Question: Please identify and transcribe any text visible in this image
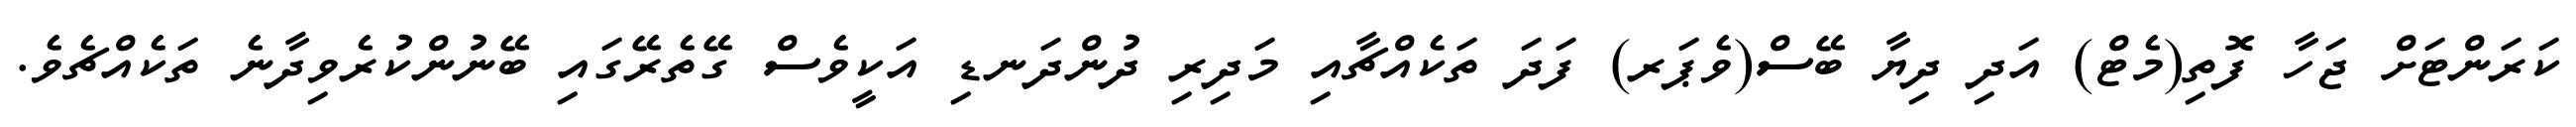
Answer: ކަރަންޓަށް ޖަހާ ފޮތި(މެޓް) އަދި ދިޔާ ބޭސް(ވެޕަރ) ފަދަ ތަކެއްޗާއި މަދިރި ދުންދަނޑި އަކީވެސް ގޭތެރޭގައި ބޭނުންކުރެވިދާނެ ތަކެއްޗެވެ.